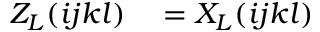
\begin{array} { r l } { Z _ { L } ( i j k l ) } & { { } = X _ { L } ( i j k l ) } \end{array}